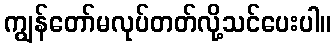
ကျွန်တော်မလုပ်တတ်လို့သင်ပေးပါ။